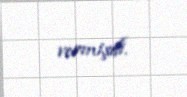
vermişdi.